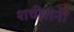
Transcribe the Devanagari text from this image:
शचीरानी